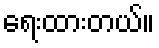
ရေးထားတယ်။